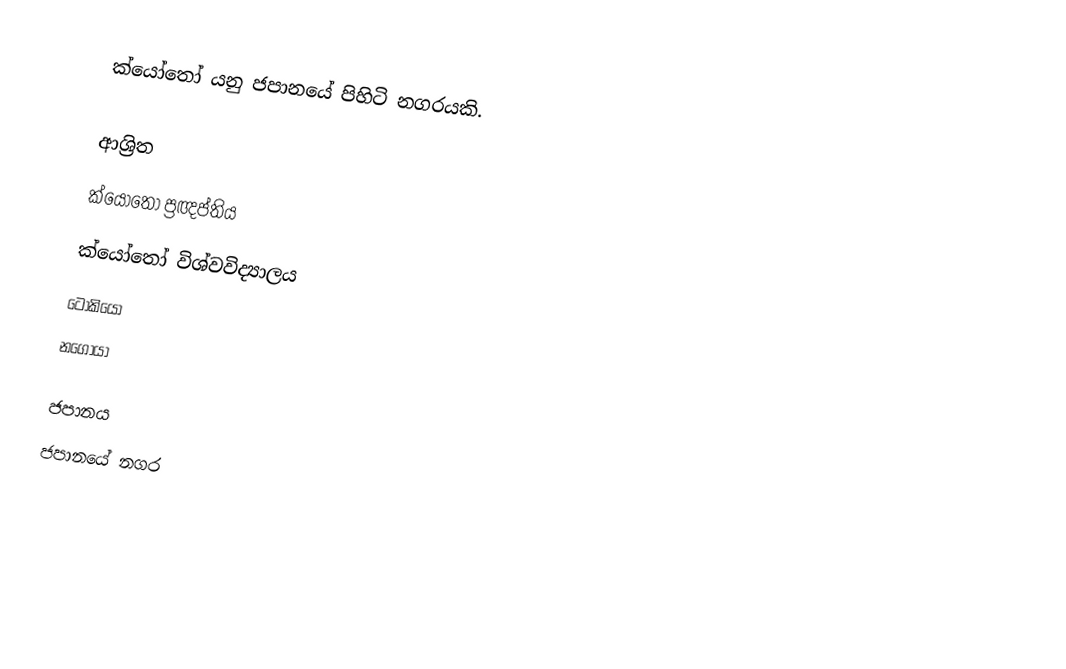
ක්යෝතෝ යනු ජපානයේ පිහිටි නගරයකි.

ආශ්‍රිත
 ක්යෝතෝ ප්‍රඥප්තිය
 ක්යෝතෝ විශ්වවිද්‍යාලය
 ටෝකියෝ
 නගෝයා

ජපානය
ජපානයේ නගර